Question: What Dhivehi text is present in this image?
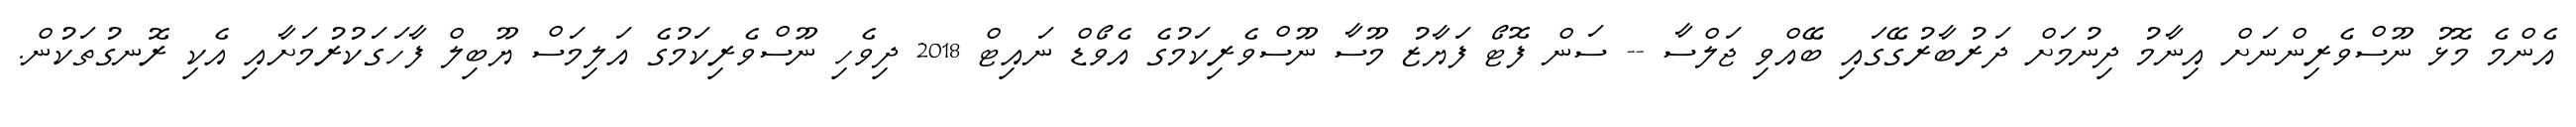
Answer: އެންމެ މޮޅު ނޫސްވެރިންނަށް އިނާމު ދިނުމަށް ދަރުބާރުގޭގައި ބޭއްވި ޖަލްސާ -- ސަން ފޮޓޯ ފަޔާޒު މޫސާ ނޫސްވެރިކަމުގެ އެވޯޑް ނައިޓް 2018 ދިވެހި ނޫސްވެރިކަމުގެ އަލިމަސް ޔޫބިލް ފާހަގަކުރުމަށާއި އެކި ރޮނގުތަކުން.